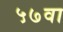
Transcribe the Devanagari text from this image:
५७वा